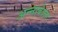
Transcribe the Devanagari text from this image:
अन्नाबेल्ला